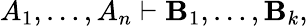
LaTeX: A_{1},\ldots,A_{n}\vdash\mathbf{B}_{1},\ldots,\mathbf{B}_{k},